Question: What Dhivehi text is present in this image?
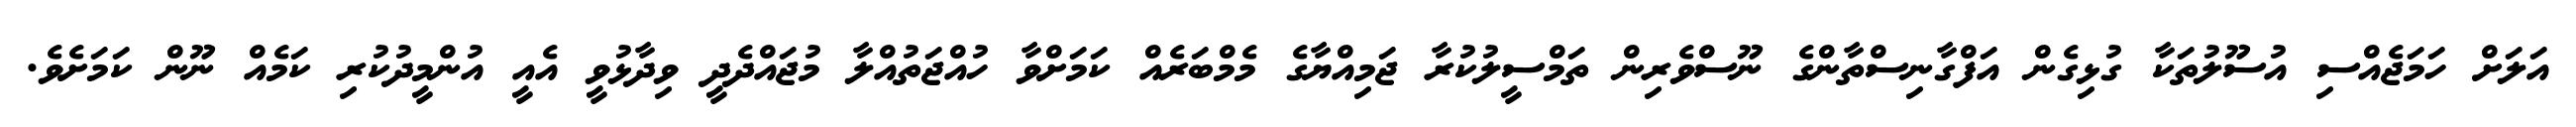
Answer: އަލަށް ހަމަޖެއްސި އުސޫލުތަކާ ގުޅިގެން އަފްގާނިސްތާންގެ ނޫސްވެރިން ތަމްސީލުކުރާ ޖަމިއްޔާގެ މެމްބަރެއް ކަމަށްވާ ހުއްޖަތުއްލާ މުޖައްދެދީ ވިދާޅުވީ އެއީ އުންމީދުކުރި ކަމެއް ނޫން ކަމަށެވެ.